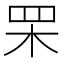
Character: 䍒